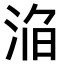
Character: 𣵥